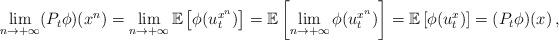
LaTeX: \begin{align*} \lim_{n\rightarrow +\infty} (P_t\phi)(x^n)=\lim_{n\rightarrow +\infty} \mathbb{E}\left[\phi(u_t^{x^n})\right]=\mathbb{E}\left[\lim_{n\rightarrow +\infty}\phi(u_t^{x^n})\right]=\mathbb{E}\left[\phi(u_t^{x})\right]=(P_t\phi)(x)\, , \end{align*}